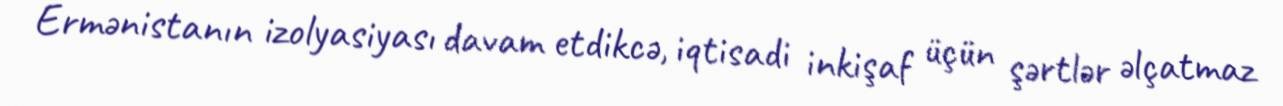
Ermənistanın izolyasiyası davam etdikcə, iqtisadi inkişaf üçün şərtlər əlçatmaz